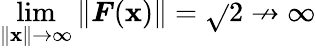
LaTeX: \operatorname*{lim}_{\| \boldsymbol{\mathbf{x}}\| \rightarrow\infty}\| \boldsymbol{F}(\boldsymbol{\mathbf{x}})\| =\sqrt{}{{2}}\nrightarrow\infty